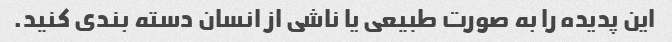
این پدیده را به صورت طبیعی یا ناشی از انسان دسته بندی کنید.